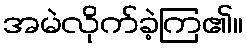
အမဲလိုက်ခဲ့ကြ၏။